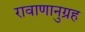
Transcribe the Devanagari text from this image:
रावाणानुग्रह